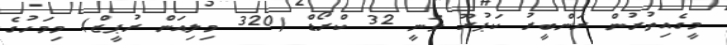
މީގެއިތުރުން ރަންބީރު ކަޕުރޫ ވަނީ 32 ކްރޯޑް (320 މިލިއަން ރުޕީޒް) މިމަހުގެ